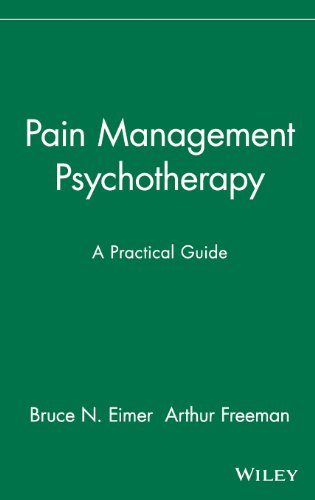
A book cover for Pain Management Psychotherapy: A Practical Guide; Bruce N. Eimer; Health, Fitness & Dieting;